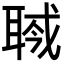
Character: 𦖎